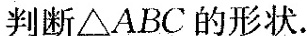
判断△ABC的形状。